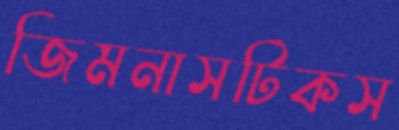
জিমনাসটিকস